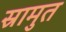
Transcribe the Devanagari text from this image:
स्रामुत